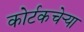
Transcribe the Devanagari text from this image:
कोर्टकचेर्‍या